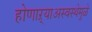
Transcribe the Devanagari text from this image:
होणाऱ्याअस्वस्थेमुळे